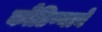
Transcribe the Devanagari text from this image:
कौंडिण्याने